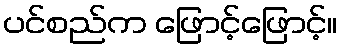
ပင်စည်က ဖြောင့်ဖြောင့်။